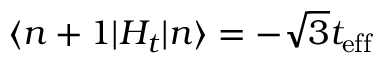
\langle n + 1 | H _ { t } | n \rangle = - \sqrt { 3 } t _ { \mathrm { e f f } }